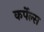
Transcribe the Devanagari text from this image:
कर्पेल्स